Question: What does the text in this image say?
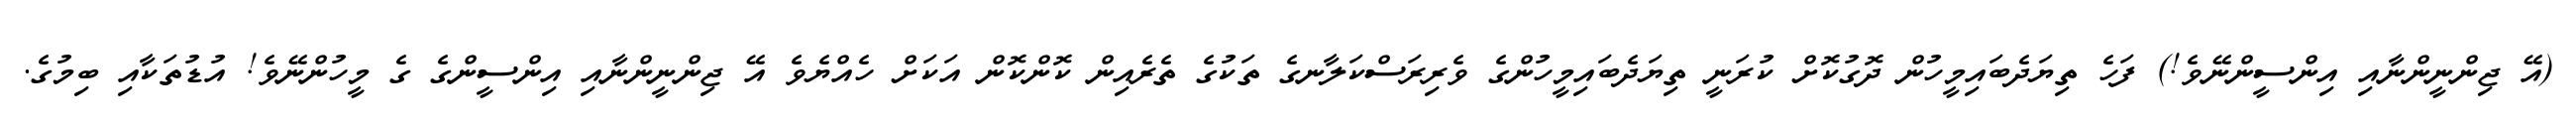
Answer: (އޭ ޖިންނީންނާއި އިންސީންނޭވެ!) ފަހެ ތިޔަދެބައިމީހުން ދޮގުކޮށް ކުރަނީ ތިޔަދެބައިމީހުންގެ ވެރިރަސްކަލާނގެ ތަކުގެ ތެރެއިން ކޮންކޮން އަކަށް ހެއްޔެވެ އޭ ޖިންނީންނާއި އިންސީންގެ ގެ މީހުންނޭވެ! އުޑުތަކާއި ބިމުގެ.